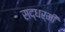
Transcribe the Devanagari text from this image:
सद्धर्मी